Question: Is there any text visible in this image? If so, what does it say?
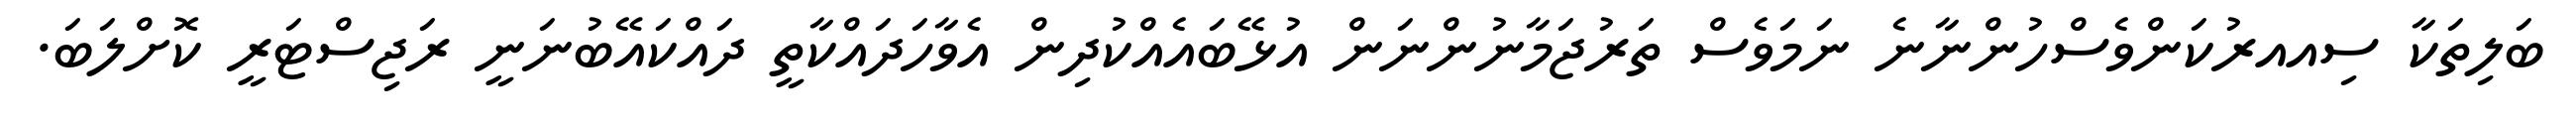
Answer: ބަލިތަކާ ސިއއރުކަންވެސްހުންނާނެ ނަމަވެސް ތަރުޖަމާނުންނަން އުޅޭބައެއްކުދިން އެވާހަދައްކާތީ ދައްކައޭބުނަނީ ރަޖިސްޓަރީ ކޮށްލަބަ.